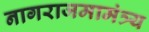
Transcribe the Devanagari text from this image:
नागराजमामंत्र्य